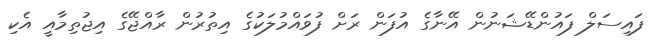
ފައިސަލް ފައުންޑޭޝަނުން އޭނާގެ އުފަން ރަށް ފުވައްމުލަކުގެ އިތުރުން ރާއްޖޭގެ އިޖުތިމާއީ އެކި